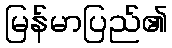
မြန်မာပြည်၏